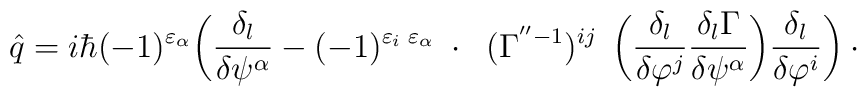
\hat{q}=i\hbar(-1)^{\varepsilon_\alpha}\bigg( \frac{\delta_l}{\delta\psi^\alpha}- (-1)^{\varepsilon_i\;\varepsilon_\alpha}\;\cdot\;\; (\Gamma^{''-1})^{ij}\;\, \bigg(\frac{\delta_l}{\delta\varphi^j} \frac{\delta_l\Gamma}{\delta\psi^\alpha}\bigg) \frac{\delta_l}{\delta\varphi^i}\bigg)\cdot \rule{2.1cm}{0cm}